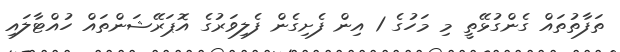
ތަފާތުތައް ގެންގުޅޭތީ މި މަހުގެ 1 އިން ފެށިގެން ފެލިވަރުގެ އޮޕަރޭޝަންތައް ހުއްޓާލައި